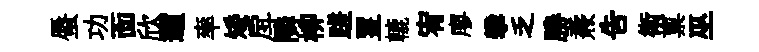
蜃功靣欣邇率矮戽隣柳蹉罣轆宥廖攀乏勝燾吿衛禀巫